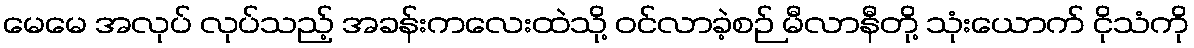
မေမေ အလုပ် လုပ်သည့် အခန်းကလေးထဲသို့ ဝင်လာခဲ့စဉ် မီလာနီတို့ သုံးယောက် ငိုသံကို